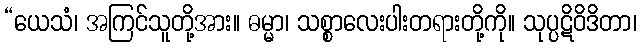
“ယေသံ၊ အကြင်သူတို့အား။ ဓမ္မာ၊ သစ္စာလေးပါးတရားတို့ကို။ သုပ္ပဋိဝိဒိတာ၊